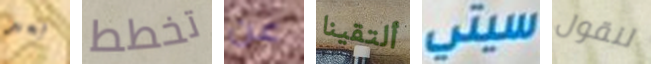
بعد تخطط عن ألتقينا سيتي لنقول